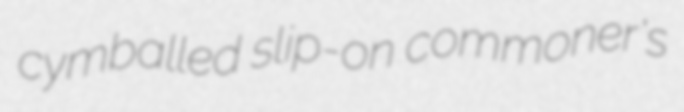
cymballed slip-on commoner's